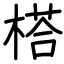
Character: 榙